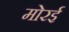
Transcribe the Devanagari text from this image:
मोरई